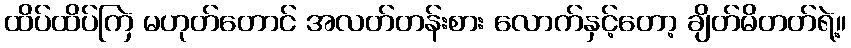
ထိပ်ထိပ်ကြဲ မဟုတ်တောင် အလတ်တန်းစား လောက်နှင့်တော့ ချိတ်မိတတ်ရဲ့။